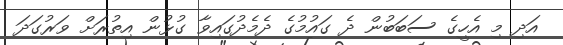
އަދި މި އެހީގެ ސަބަބުން ދެ ގައުމުގެ ދެމެދުގައިވާ ގުޅުން އިތުރަށް ވަރުގަދަ